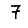
Digit: 7